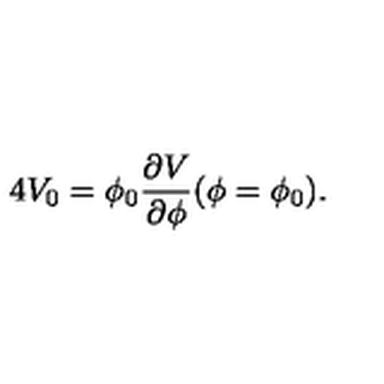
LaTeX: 4 V _ { 0 } = \phi _ { 0 } { \frac { \partial V } { \partial \phi } } ( \phi = \phi _ { 0 } ) .